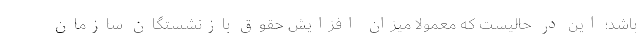
باشد؛ این در حالیست که معمولا میزان افزایش حقوق بازنشستگان سازمان